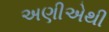
અણીએથી